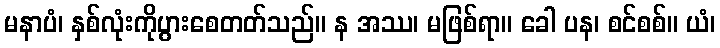
မနာပံ၊ နှစ်လုံးကိုပွားစေတတ်သည်။ န အဿ၊ မဖြစ်ရာ။ ခေါ ပန၊ စင်စစ်။ ယံ၊